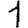
Digit: 1